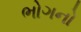
ભોગનો